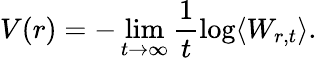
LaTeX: V(r)=-\operatorname*{lim}_{t\to\infty}\frac{1}{t}\log\langle W_{r,t}\rangle.